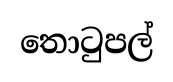
තොටුපල්